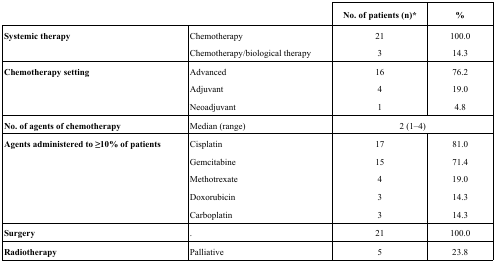
| <COLSPAN=2>  | No. of patients (n)* | % |
 | --- | --- | --- | --- |
 | Systemic therapy | Chemotherapy | 21 | 100.0 |
 |  | Chemotherapy/biological therapy | 3 | 14.3 |
 | Chemotherapy setting | Advanced | 16 | 76.2 |
 |  | Adjuvant | 4 | 19.0 |
 |  | Neoadjuvant | 1 | 4.8 |
 | No. of agents of chemotherapy | Median (range) | <COLSPAN=2> 2 (1–4) |
 | Agents administered to ≥ 10% of patients | Cisplatin | 17 | 81.0 |
 |  | Gemcitabine | 15 | 71.4 |
 |  | Methotrexate | 4 | 19.0 |
 |  | Doxorubicin | 3 | 14.3 |
 |  | Carboplatin | 3 | 14.3 |
 | Surgery | . | 21 | 100.0 |
 | Radiotherapy | Palliative | 5 | 23.8 |